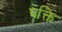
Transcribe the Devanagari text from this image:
पक्ति